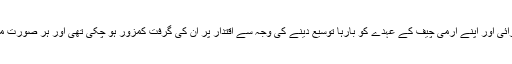
اگرچہ دہشت گردی، لال مسجد آپریشن، عدلیہ سے محاذ آرائی اور اپنے آرمی چیف کے عہدے کو بارہا توسیع دینے کی وجہ سے اقتدار پر ان کی گرفت کمزور ہو چکی تھی اور ہر صورت میں باوردی صدر رہنے کی خواہش ایک ضد بن چکی تھی۔